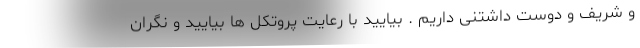
و شریف و دوست داشتنی داریم . بیایید با رعایت پروتکل ها بیایید و نگران